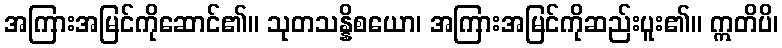
အကြားအမြင်ကိုဆောင်၏။ သုတသန္နိစယော၊ အကြားအမြင်ကိုဆည်းပူး၏။ ဣတိပိ၊